Medical and sanitary report of the native army of Madras for the year
Year: 1872
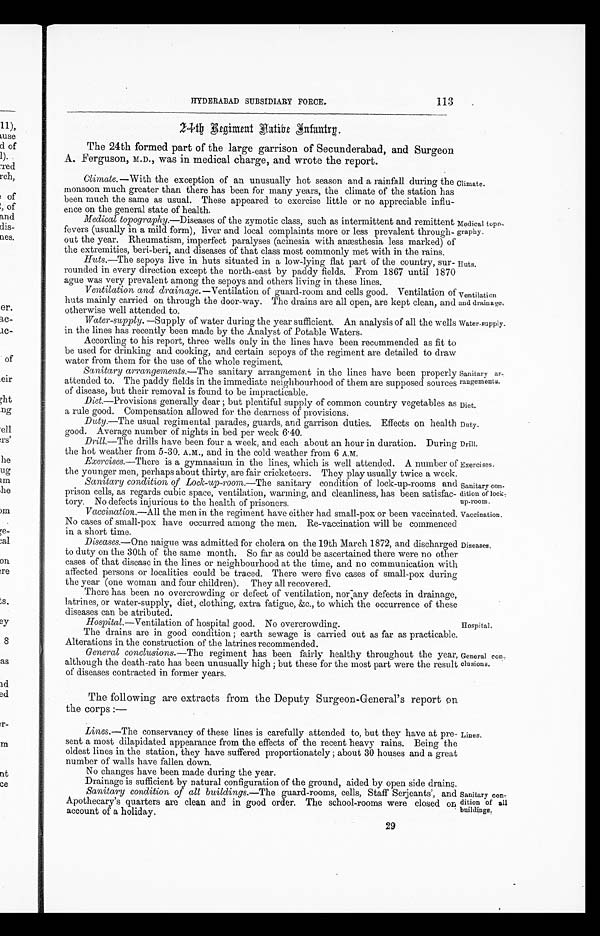
Diet.
Duty.
Drill.
Exercises.
Sanitary con
- d i t i o n o f l o c k -
up-room.
Vaccination.
113
HYDERABAD SUBSIDIARY FORCE.
24th Regiment Aatibe Infantry.
The 24th formed part of the large garrison of Secunderabad, and Surgeon
A. Ferguson, M.D., was in medical charge, and wrote the report.
Climate .—With the exception of an unusually hot season and a rainfall during the
monsoon much greater than there has been for many years, the climate of the station has
been much the same as usual. These appeared to exercise little or no appreciable influ
-ence on the general state of health.
Medical topography .—Diseases of the zymotic class, such as intermittent and remittent
fevers (usually in a mild form), liver and local complaints more or less prevalent through
-out the year. Rheumatism, imperfect paralyses (acinesia with anæsthesia less marked) of
the extremities. beri-beri. and diseases of that class most commonly met with in the rains.
Climate.
Medical top
o-graphy.
Huts .—The sepoys live in huts situated in a low-lying flat part of the country, sur
-rounded in every direction except the north-east by paddy fields. From 1867 until 187
0 a g u e w a s v e r y p r e v a l e n t a m o n g t h e s e p o y s a n d o t h e r s l i v i n g i n t h e s e l i n e s .
Ventilation and, drainage .—Ventilation of guard-room and cells good. Ventilation of
huts mainly carried on through the door-way. The drains are all open, are kept clean, and
otherwise well attended to.
Huts.
Ventilation
and drainage.
Water-supply .—Supply of water during the year sufficient. An analysis of all the wells
in the lines has recently been made by the Analyst of Potable Waters.
According to his report, three wells only in the lines have been recommended as fit to
be used for drinking and cooking, and certain sepoys of the regiment are detailed to draw
water from them for the use of the whole regiment.
Sanitary arrangements .—The sanitary arrangement in the lines have been properly
attended to. The paddy fields in the immediate neighbourhood of them are supposed sources
of disease, but their removal is found to be impracticable.
Water-supply.
Sanitary ar
-rangements.
Diet.—Provisions generally dear but plentiful supply of common country vegetables as
a rule good. Compensation allowed for the dearness of provisions.
Duty .—The usual regimental parades, guards, and garrison duties. Effects on health
good. Average number of nights in bed per week 6.40.
Drill.—The drills have been four a week, and each about an hour in duration. During
the hot weather from 5-30. A.M., and in the cold weather from 6 A.M.
Exercises.—There is a gymnasium in the lines, which is well attended. A number of
the younger men, perhaps about thirty, are fair cricketeers. They play usually twice a week.
Sanitary condition of Lock-up-room .—The sanitary condition of lock-up-rooms and
prison cells, as regards cubic space, ventilation, warming, and cleanliness, has been satisfac
-tory. No defects injurious to the health of prisoners.
Vaccination.—All the men in the regiment have either had small-pox or been vaccinated.
No cases of small-pox have occurred among the men. Re-vaccination will be commenced
in a short time.
Diseases.—One naigue was admitted for cholera on the 19th March 1872, and discharged
to duty on the 30th of the same month. So far as could be ascertained there were no other
cases of that disease in the lines or neighbourhood at the time, and no communication with
affected persons or localities could be traced. There were five cases of small-pox during
the year (one woman and four children). They all recovered.
There has been no overcrowding or defect of ventilation, nor ,any defects in drainage,
latrines, or water-supply, diet, clothing, extra fatigue, &c., to which the occurrence of these
diseases can be atributed.
Hospital .—Ventilation of hospital good. No overcrowding.
The drains are in good condition; earth sewage is carried out as far as practicable.
Alterations in the construction of the latrines recommended.
General conclusions .—The regiment has been fairly healthy throughout the year,
although the death-rate has been unusually high; but these for the most part were the result
of diseases contracted in former years.
The following are extracts from the Deputy Surgeon-General's report on
the corps :—
Lines .—The conservancy of these lines is carefully attended to, but they have at pre
- s e n t a m o s t d i l a p i d a t e d a p p e a r a n c e f r o m t h e e f f e c t s o f t h e r e c e n t h e a v y r a i n s . B e i n g t h e
oldest lines in the station, they have suffered proportionately; about 30 houses and a great
number of walls have fallen down.
No changes have been made during the year.
Drainage is sufficient by natural configuration of the ground, aided by open side drains.
Sanitary condition of all buildings .—The guard-rooms, cells, Staff Serjeants', and
Apothecary's quarters are clean and in good order, The school-rooms were closed on
account of a holiday.
Diseases.
Hospital.
General con
-clusions.
Lines.
Sanitary con
- d i t i o n o f a l l
buildings.